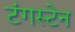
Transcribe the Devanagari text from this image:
टंगस्टेन